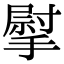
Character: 𢲴